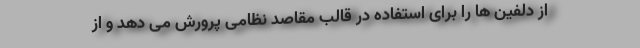
از دلفین ها را برای استفاده در قالب مقاصد نظامی پرورش می دهد و از